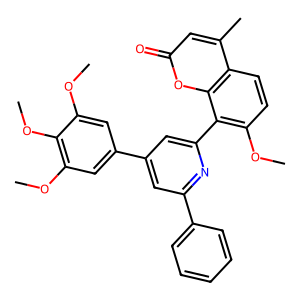
SMILES: COc1cc(-c2cc(-c3ccccc3)nc(-c3c(OC)ccc4c(C)cc(=O)oc34)c2)cc(OC)c1OC
Inhibits HIV replication: No